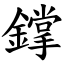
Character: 鐣